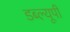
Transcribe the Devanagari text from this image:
डब्ल्यूपी